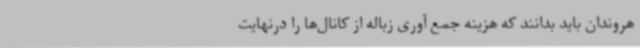
هروندان باید بدانند که هزینه جمع آوری زباله از کانال‌ها را درنهایت